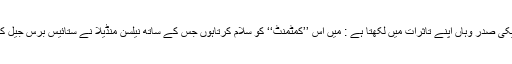
امریکی صدر وہاں اپنے تاثرات میں لکھتا ہے : میں اس ’’کمٹمنٹ‘‘ کو سلام کرتاہوں جس کے ساتھ نیلسن منڈیلا نے ستائیس برس جیل کاٹی۔